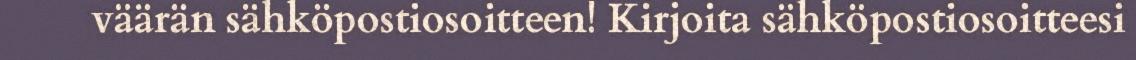
väärän sähköpostiosoitteen! Kirjoita sähköpostiosoitteesi